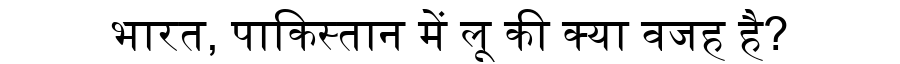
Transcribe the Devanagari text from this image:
भारत, पाकिस्तान में लू की क्या वजह है?